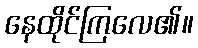
နေထိုင်ကြလေ၏။